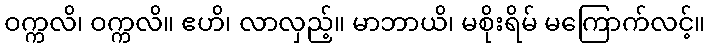
ဝက္ကလိ၊ ဝက္ကလိ။ ဧဟိ၊ လာလှည့်။ မာဘာယိ၊ မစိုးရိမ် မကြောက်လင့်။